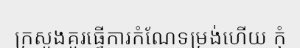
ក្រសួងគួរធ្វើការកំណែទម្រង់ហើយ កុំ